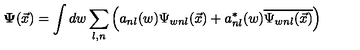
\mathbf { \Psi } ( \vec { x } ) = \int d w \sum _ { l , n } \left( a _ { n l } ( w ) \Psi _ { w n l } ( \vec { x } ) + a _ { n l } ^ { \ast } ( w ) \overline { { \Psi _ { w n l } ( \vec { x } ) } } \right)